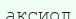
аксиол